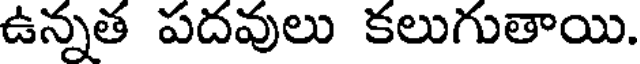
ఉన్నత పదవులు కలుగుతాయి.